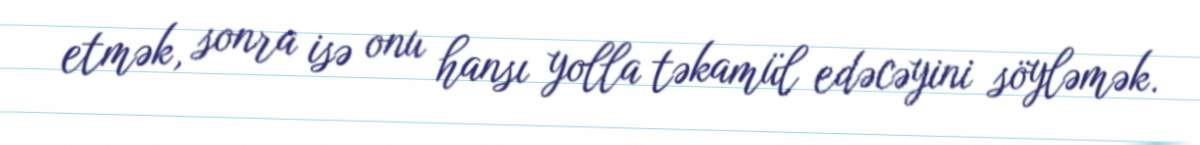
etmək, sonra isə onu hansı yolla təkamül edəcəyini söyləmək.